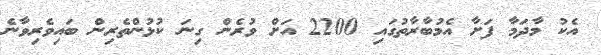
އެކު މާދަމާ ފަށާ އެމުބާރާތުގައި 2200 އަށް ވުރެން ގިނަ ކުޅުންތެރިން ބައިވެރިވާނެ